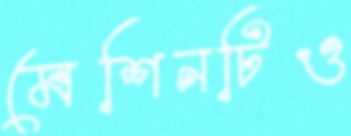
মেশিনটিও